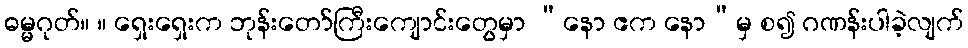
ဓမ္မဂုတ်။ ။ ရှေးရှေးက ဘုန်းတော်ကြီးကျောင်းတွေမှာ “နော ဧက နော”မှ စ၍ ဂဏန်းပါခဲ့လျက်